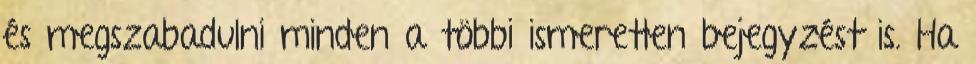
és megszabadulni minden a többi ismeretlen bejegyzést is. Ha